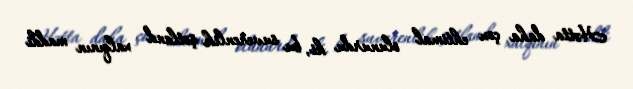
Hətta daha çox ehtimal olunurdu ki, bu suverenlik şotland xalqının maddi